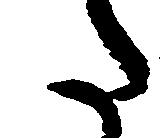
た